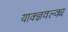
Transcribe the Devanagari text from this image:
याक्ज्ञवल्क्य